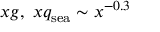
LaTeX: x g , \; x q _ { \mathrm { s e a } } \sim x ^ { - 0 . 3 }